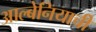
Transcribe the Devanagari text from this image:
आल्बेनियाची